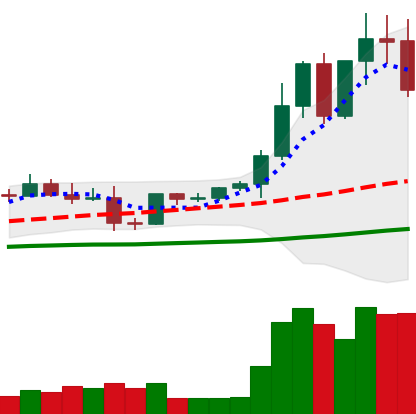
Ticker: EOS-USD
Chart end date: 2021-04-07
Forward return: 10.275%
Label: up_7plus